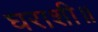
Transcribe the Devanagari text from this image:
घराशी॥